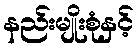
နည်းမျိုးစုံနှင့်